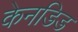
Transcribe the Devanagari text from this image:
केनडिड